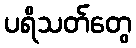
ပရိသတ်တွေ